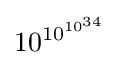
10^{10^{10^{34}}}